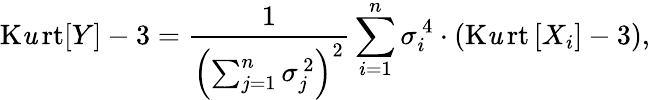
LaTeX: \operatorname{K\mathit{u}rt}[Y]-3={\frac{{1}}{{\left(\sum_{j=1}^{n}\sigma_{j}^{\, 2}\right)^{2}}}}\sum_{i=1}^{n}\sigma_{i}^{\, 4}\cdot\left(\operatorname{K\mathit{u}rt}\left[X_{i}\right]-3\right),